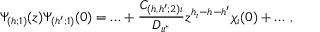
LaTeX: \Psi _ { ( h ; 1 ) } ( z ) \Psi _ { ( h ^ { \prime } ; 1 ) } ( 0 ) = \ldots + \frac { C _ { ( h , h ^ { \prime } ; 2 ) \iota } } { D _ { \iota \iota ^ { * } } } z ^ { h _ { \iota } - h - h ^ { \prime } } \chi _ { \iota } ( 0 ) + \ldots \, ,